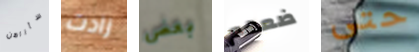
سأراهن زادت بعض ضعهم حتى